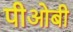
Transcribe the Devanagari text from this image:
पीओबी